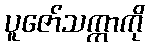
ပူဇော်သက္ကာကို